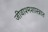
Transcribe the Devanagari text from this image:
जीवाश्मशास्त्रात